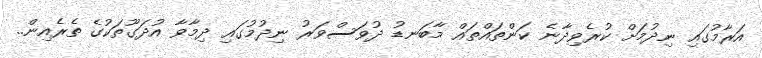
އަރާމުގައި ނިދުމަށް ކުރެވިދާނެ ކަންތައްތައް މާބަނޑު ދުވަސްވަރު ނިދުމުގައި ދިމާވާ އުދަގޫތަކުގެ ތެރެއިން..